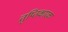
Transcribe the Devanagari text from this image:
तृप्तिकारक